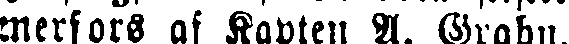
merfors af Kapten A. Grahn.